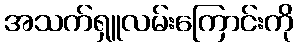
အသက်ရှူလမ်းကြောင်းကို